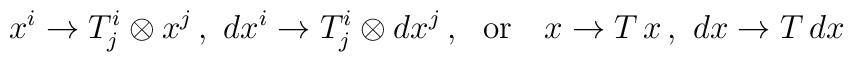
x^i\rightarrow T^i_j\otimes x^j\,,\ dx^i\rightarrow T^i_j\otimes dx^j\,,\ \  {\rm or}\ \ \ x\rightarrow T\,x\,,\ dx\rightarrow T\,dx